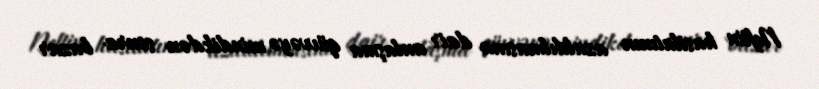
Neftin hasilatının azaldılmasına dair anlaşma qüvvəyə mindikdən sonra bazar